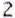
2